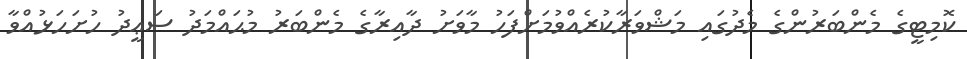
ކޮމިޓީގެ މެންބަރުންގެ މެދުގައި މަޝްވަރާކުރެއްވުމަށްފަހު މާވަށު ދާއިރާގެ މެންބަރު މުޙައްމަދު ސަޢީދު ހުށަހަޅުއްވާ